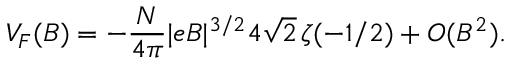
V _ { F } ( B ) = - \frac { N } { 4 \pi } | e B | ^ { 3 / 2 } 4 \sqrt { 2 } \, \zeta ( - 1 / 2 ) + { \cal O } ( B ^ { 2 } ) .